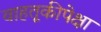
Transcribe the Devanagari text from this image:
वाहतूकीपेक्षा